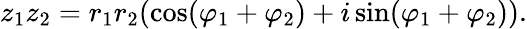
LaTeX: z_{1}z_{2}=r_{1}r_{2}(\cos(\varphi_{1}+\varphi_{2})+i\sin(\varphi_{1}+\varphi_{2})).